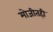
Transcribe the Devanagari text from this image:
मोजीतही